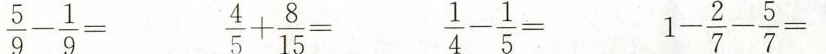
$$\frac { 5 } { 9 } - \frac { 1 } { 9 } =$$ $$\frac { 4 } { 5 } + \frac { 8 } { 1 5 } =$$ $$\frac { 1 } { 4 } - \frac { 1 } { 5 } =$$ $$1 - \frac { 2 } { 7 } - \frac { 5 } { 7 } =$$